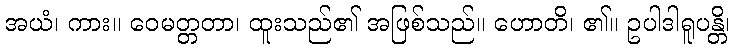
အယံ၊ ကား။ ဝေမတ္တတာ၊ ထူးသည်၏ အဖြစ်သည်။ ဟောတိ၊ ၏။ ဥပါဒါရူပန္တိ၊